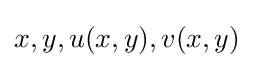
x,y,u(x,y),v(x,y)